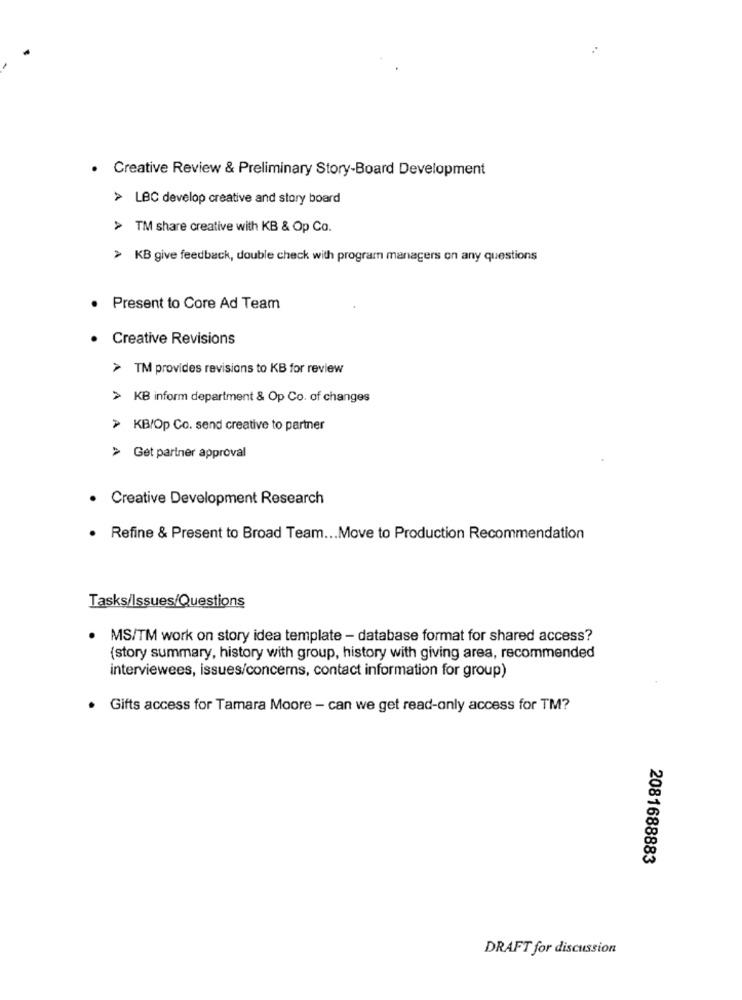
. Creative Review & Preliminary Story-Board Development
> LBC develop creative and story board
> TM share creative with KB & Op Co.
> KB give feedback, double check with program managers on any questions
· Present to Core Ad Team
Creative Revisions
> TM provides revisions to KB for review
> KB inform department & Op Co. of changes
> KB/Op Co. send creative to partner
> Get partner approval
· Creative Development Research
. Refine & Present to Broad Team ... Move to Production Recommendation
Tasks/Issues/Questions
MS/TM work on story idea template - database format for shared access?
{story summary, history with group, history with giving area, recommended
interviewees, issues/concerns, contact information for group)
. Gifts access for Tamara Moore - can we get read-only access for TM?
2081688883
DRAFT for discussion